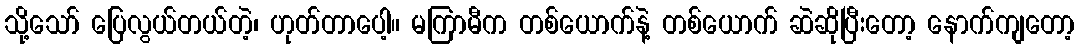
သို့သော် ပြေလွယ်တယ်တဲ့၊ ဟုတ်တာပေါ့။ မကြာမီက တစ်ယောက်နဲ့ တစ်ယောက် ဆဲဆိုပြီးတော့ နောက်ကျတော့